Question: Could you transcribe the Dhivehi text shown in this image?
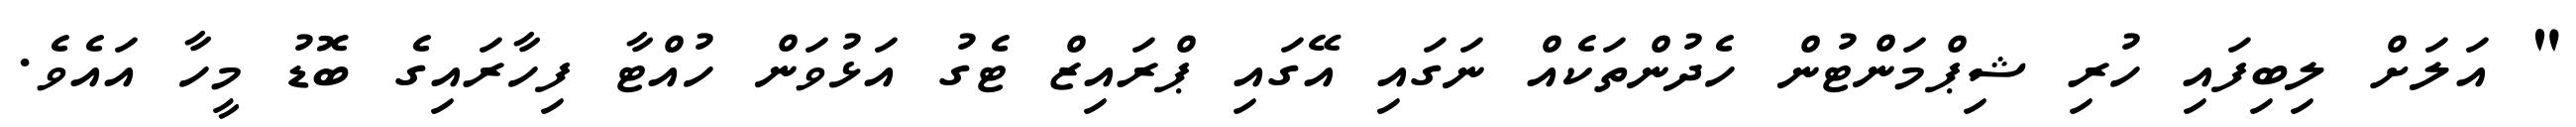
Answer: " އަލަށް ލިބިފައި ހުރި ޝިޕްމަންޓުން ހެދުންތަކެއް ނަގައި އޭގައި ޕްރައިޒް ޓެގު އަޅުވަން ހުއްޓާ ފިހާރައިގެ ބޮޑު މީހާ އައެވެ.